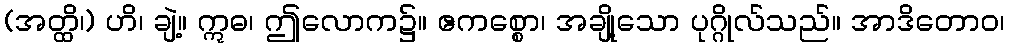
(အတ္ထိ၊) ဟိ၊ ချဲ့။ ဣဓ၊ ဤလောက၌။ ဧကစ္စော၊ အချို့သော ပုဂ္ဂိုလ်သည်။ အာဒိတောဝ၊